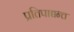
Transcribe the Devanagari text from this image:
प्रतिपाद्यन्त्त